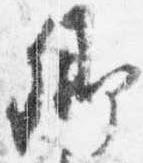
卿